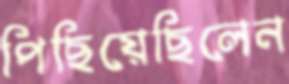
পিছিয়েছিলেন